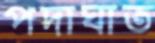
পদাঘাত